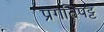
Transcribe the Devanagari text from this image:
प्रगतिपट्ट